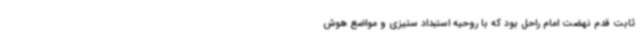
ثابت قدم نهضت امام راحل بود که با روحیه استبداد ستیزی و مواضع هوش